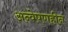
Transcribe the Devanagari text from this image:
अन्वेषणहीन